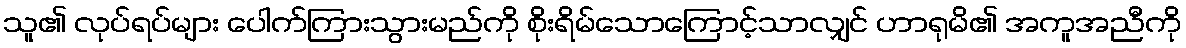
သူ၏ လုပ်ရပ်များ ပေါက်ကြားသွားမည်ကို စိုးရိမ်သောကြောင့်သာလျှင် ဟာရုမိ၏ အကူအညီကို